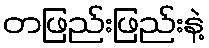
တဖြည်းဖြည်းနဲ့